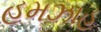
હમઝાહ